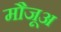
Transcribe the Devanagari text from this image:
मौजूअ